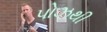
પોઝથી